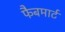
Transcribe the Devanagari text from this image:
फैबमार्ट